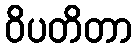
ဝိပတိတာ